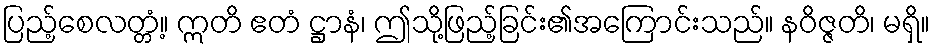
ပြည့်စေလတ္တံ့။ ဣတိ ဧတံ ဋ္ဌာနံ၊ ဤသို့ဖြည့်ခြင်း၏အကြောင်းသည်။ နဝိဇ္ဇတိ၊ မရှိ။